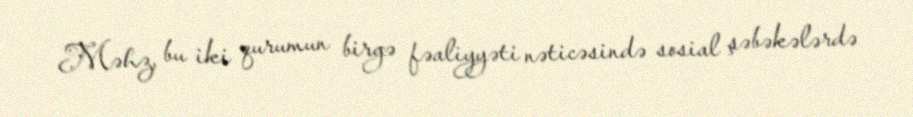
Məhz, bu iki qurumun birgə fəaliyyəti nəticəsində sosial şəbəkələrdə